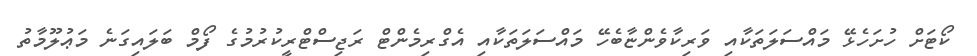
ކޯޓަށް ހުށަހެޅޭ މައްސަލަތަކާއި ވަރިކާވެންޏާބެހޭ މައްސަލަތަކާއި އެގްރިމެންޓް ރަޖިސްޓްރީކުރުމުގެ ފޯމް ބަލައިގަނެ މަޢުލޫމާތު